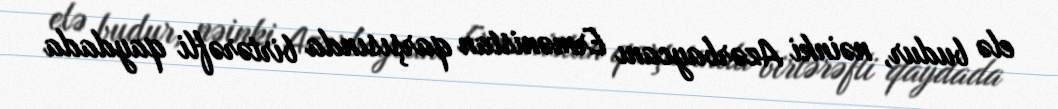
elə budur, nəinki Azərbaycanı Ermənistan qarşısında birtərəfli qaydada